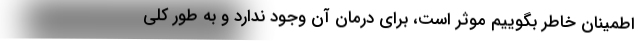
اطمینان خاطر بگوییم موثر است، برای درمان آن وجود ندارد و به طور کلی